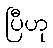
ပြီဟု